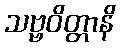
သဗ္ဗဝိတ္တာနိ